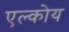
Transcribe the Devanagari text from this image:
एल्कोय